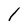
Character: l